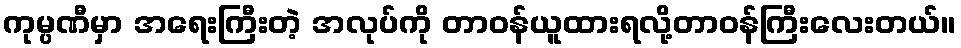
ကုမ္ပဏီမှာ အရေးကြီးတဲ့ အလုပ်ကို တာဝန်ယူထားရလို့တာဝန်ကြီးလေးတယ်။